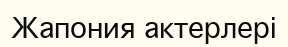
Жапония актерлері